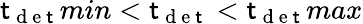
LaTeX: \mathsf{t}_{\mathrm{{~d~e~\mathsf{t}~}}}min<\mathsf{t}_{\mathrm{{~d~e~\mathsf{t}~}}}<\mathsf{t}_{\mathrm{{~d~e~\mathsf{t}~}}}max